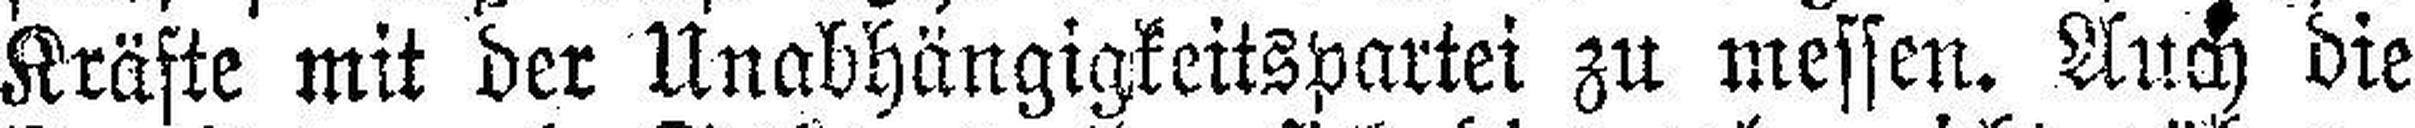
Kräfte mit der Unabhängigkeitspartei zu messen. Auch die